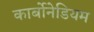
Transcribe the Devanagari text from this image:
कार्बोनेडियम